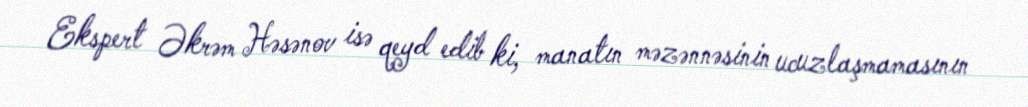
Ekspert Əkrəm Həsənov isə qeyd edib ki, manatın məzənnəsinin ucuzlaşmamasının